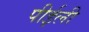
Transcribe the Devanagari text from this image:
पीईली